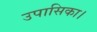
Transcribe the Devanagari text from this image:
उपासिका।